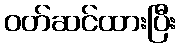
ဝတ်ဆင်ထားပြီး